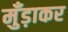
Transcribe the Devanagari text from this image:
मुँड़ाकर